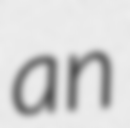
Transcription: an